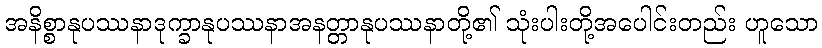
အနိစ္စာနုပဿနာဒုက္ခာနုပဿနာအနတ္တာနုပဿနာတို့၏ သုံးပါးတို့အပေါင်းတည်း ဟူသော